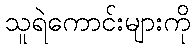
သူရဲကောင်းများကို